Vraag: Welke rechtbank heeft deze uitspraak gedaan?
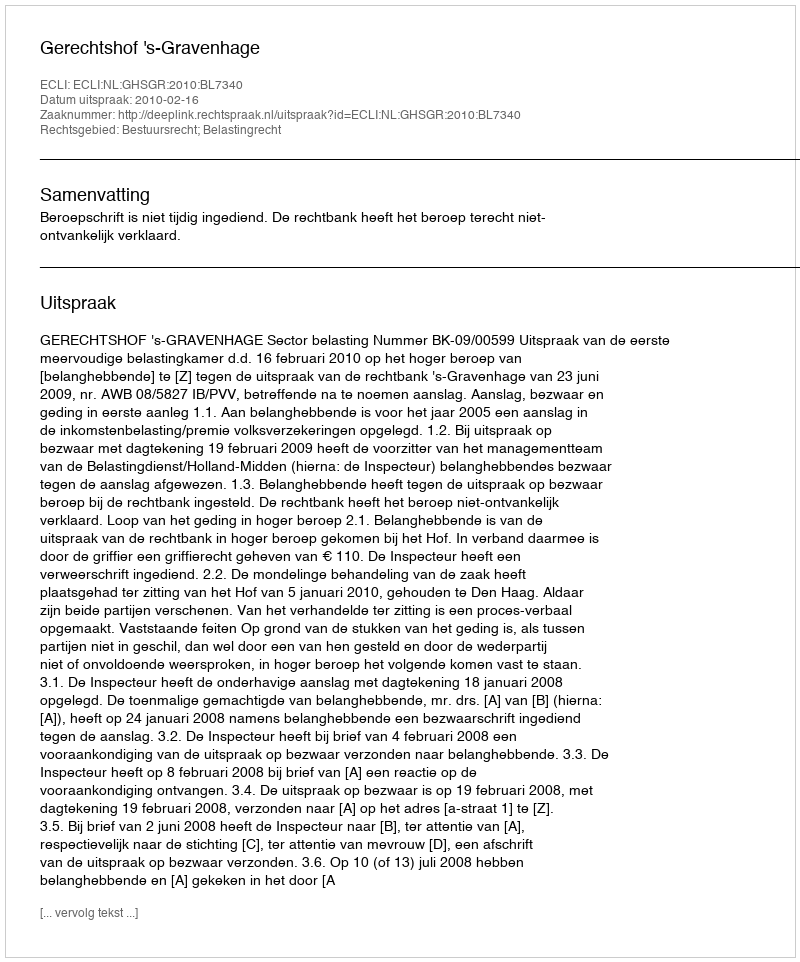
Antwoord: Gerechtshof 's-Gravenhage